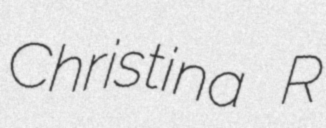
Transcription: Christina R